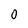
Character: 0